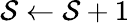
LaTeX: \mathcal{S}\gets\mathcal{S}+1